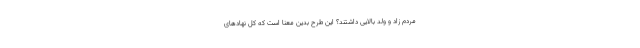
مردم زاد و ولد بالایی داشتند؟ این طرح بدین معنا است که کل نهادهای